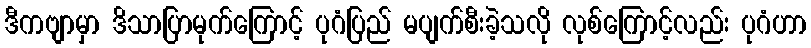
ဒီကဗျာမှာ ဒိသာပြာမုက်ကြောင့် ပုဂံပြည် မပျက်စီးခဲ့သလို လုစ်ကြောင့်လည်း ပုဂံဟာ